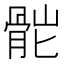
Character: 𩨷